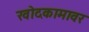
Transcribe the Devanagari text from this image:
खोदकामावर